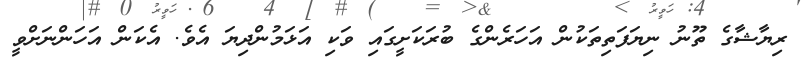
ރިޔާޝާގެ ތޫނު ނިޔަފަތިތަކުން އަހަރެންގެ ބުރަކަށީގައި ވަކި އަޅަމުންދިޔަ އެވެ. އެކަން އަހަންނަށްވީ